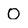
Character: O